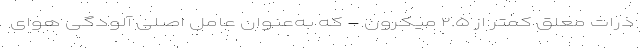
ذرات معلق کمتر از ۲.۵ میکرون - که به‌عنوان عامل اصلی آلودگی هوای